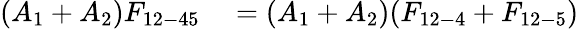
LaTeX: \begin{array}{rl}{(A_{1}+A_{2})F_{12-45}}&{{}=(A_{1}+A_{2})(F_{12-4}+F_{12-5})}\end{array}